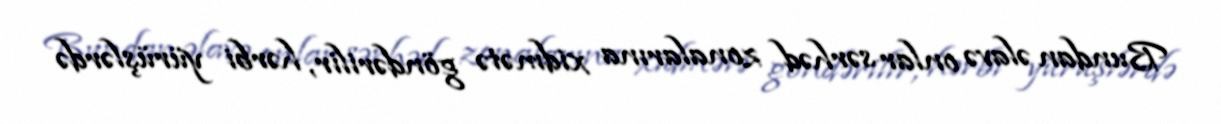
Bundan əlavə onlar sərhəd zonalarına xidmətə göndərilir, hərbi yürüşlərdə